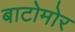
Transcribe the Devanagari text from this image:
बाटोमोर